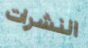
النشرات